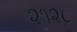
૨૧૨૮